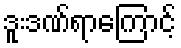
ဒူးဒဏ်ရာကြောင့်